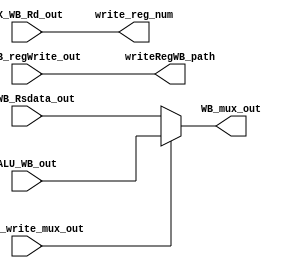
module WB_path(input [7:0] ALU_WB_out,
  input [7:0] EX_WB_Rsdata_out,
  input [2:0] EX_WB_Rd_out,
  input EX_WB_write_mux_out,EX_WB_regWrite_out,
  output [7:0] WB_mux_out,
  output writeRegWB_path,
  output [2:0] write_reg_num);
  
  
  
  assign WB_mux_out = ( EX_WB_write_mux_out) ? ALU_WB_out : EX_WB_Rsdata_out;
  
  assign writeRegWB_path = EX_WB_regWrite_out;
  
  assign write_reg_num = EX_WB_Rd_out;
  
endmodule